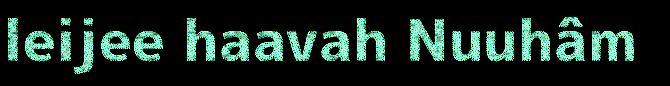
leijee haavah Nuuhâm